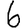
Digit: 6